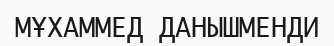
МҰХАММЕД ДАНЫШМЕНДИ